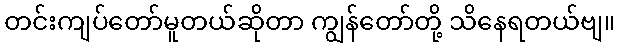
တင်းကျပ်တော်မူတယ်ဆိုတာ ကျွန်တော်တို့ သိနေရတယ်ဗျ။